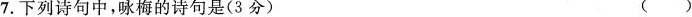
7.下列诗句中，咏梅的诗句是(3分) ( )